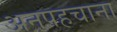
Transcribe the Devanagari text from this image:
अनपहचाना